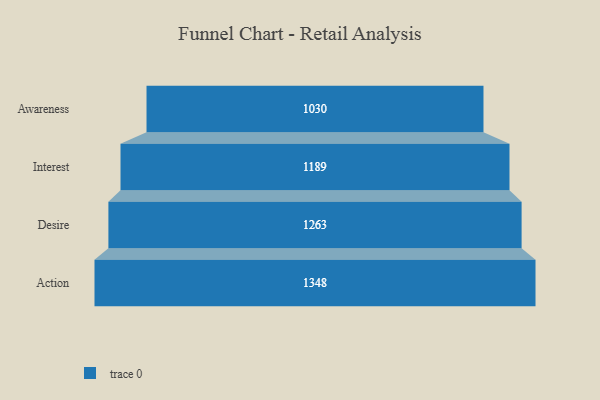
{"axis": {"x": "Stage", "y": "Value"}, "legend": [""], "data": [{"x": "Awareness", "y": 1030.0, "type": ""}, {"x": "Interest", "y": 1189.0, "type": ""}, {"x": "Desire", "y": 1263.0, "type": ""}, {"x": "Action", "y": 1348.0, "type": ""}]}